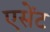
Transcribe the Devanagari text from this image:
एसेंट